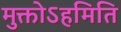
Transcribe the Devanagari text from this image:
मुक्तोऽहमिति